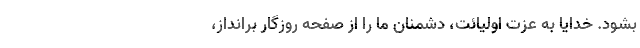
بشود. خدایا به عزت اولیائت، دشمنان ما را از صفحه روزگار برانداز،